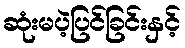
ဆုံးမပဲ့ပြင်ခြင်းနှင့်